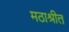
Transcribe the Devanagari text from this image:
मठाश्रीत